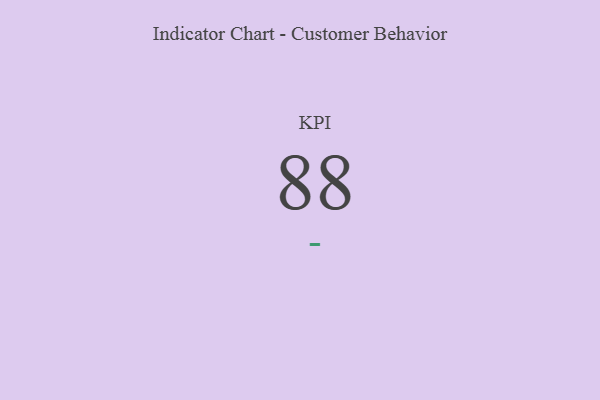
{"axis": {"x": "KPI", "y": "Value"}, "legend": [""], "data": [{"x": "KPI", "y": 88, "type": ""}]}